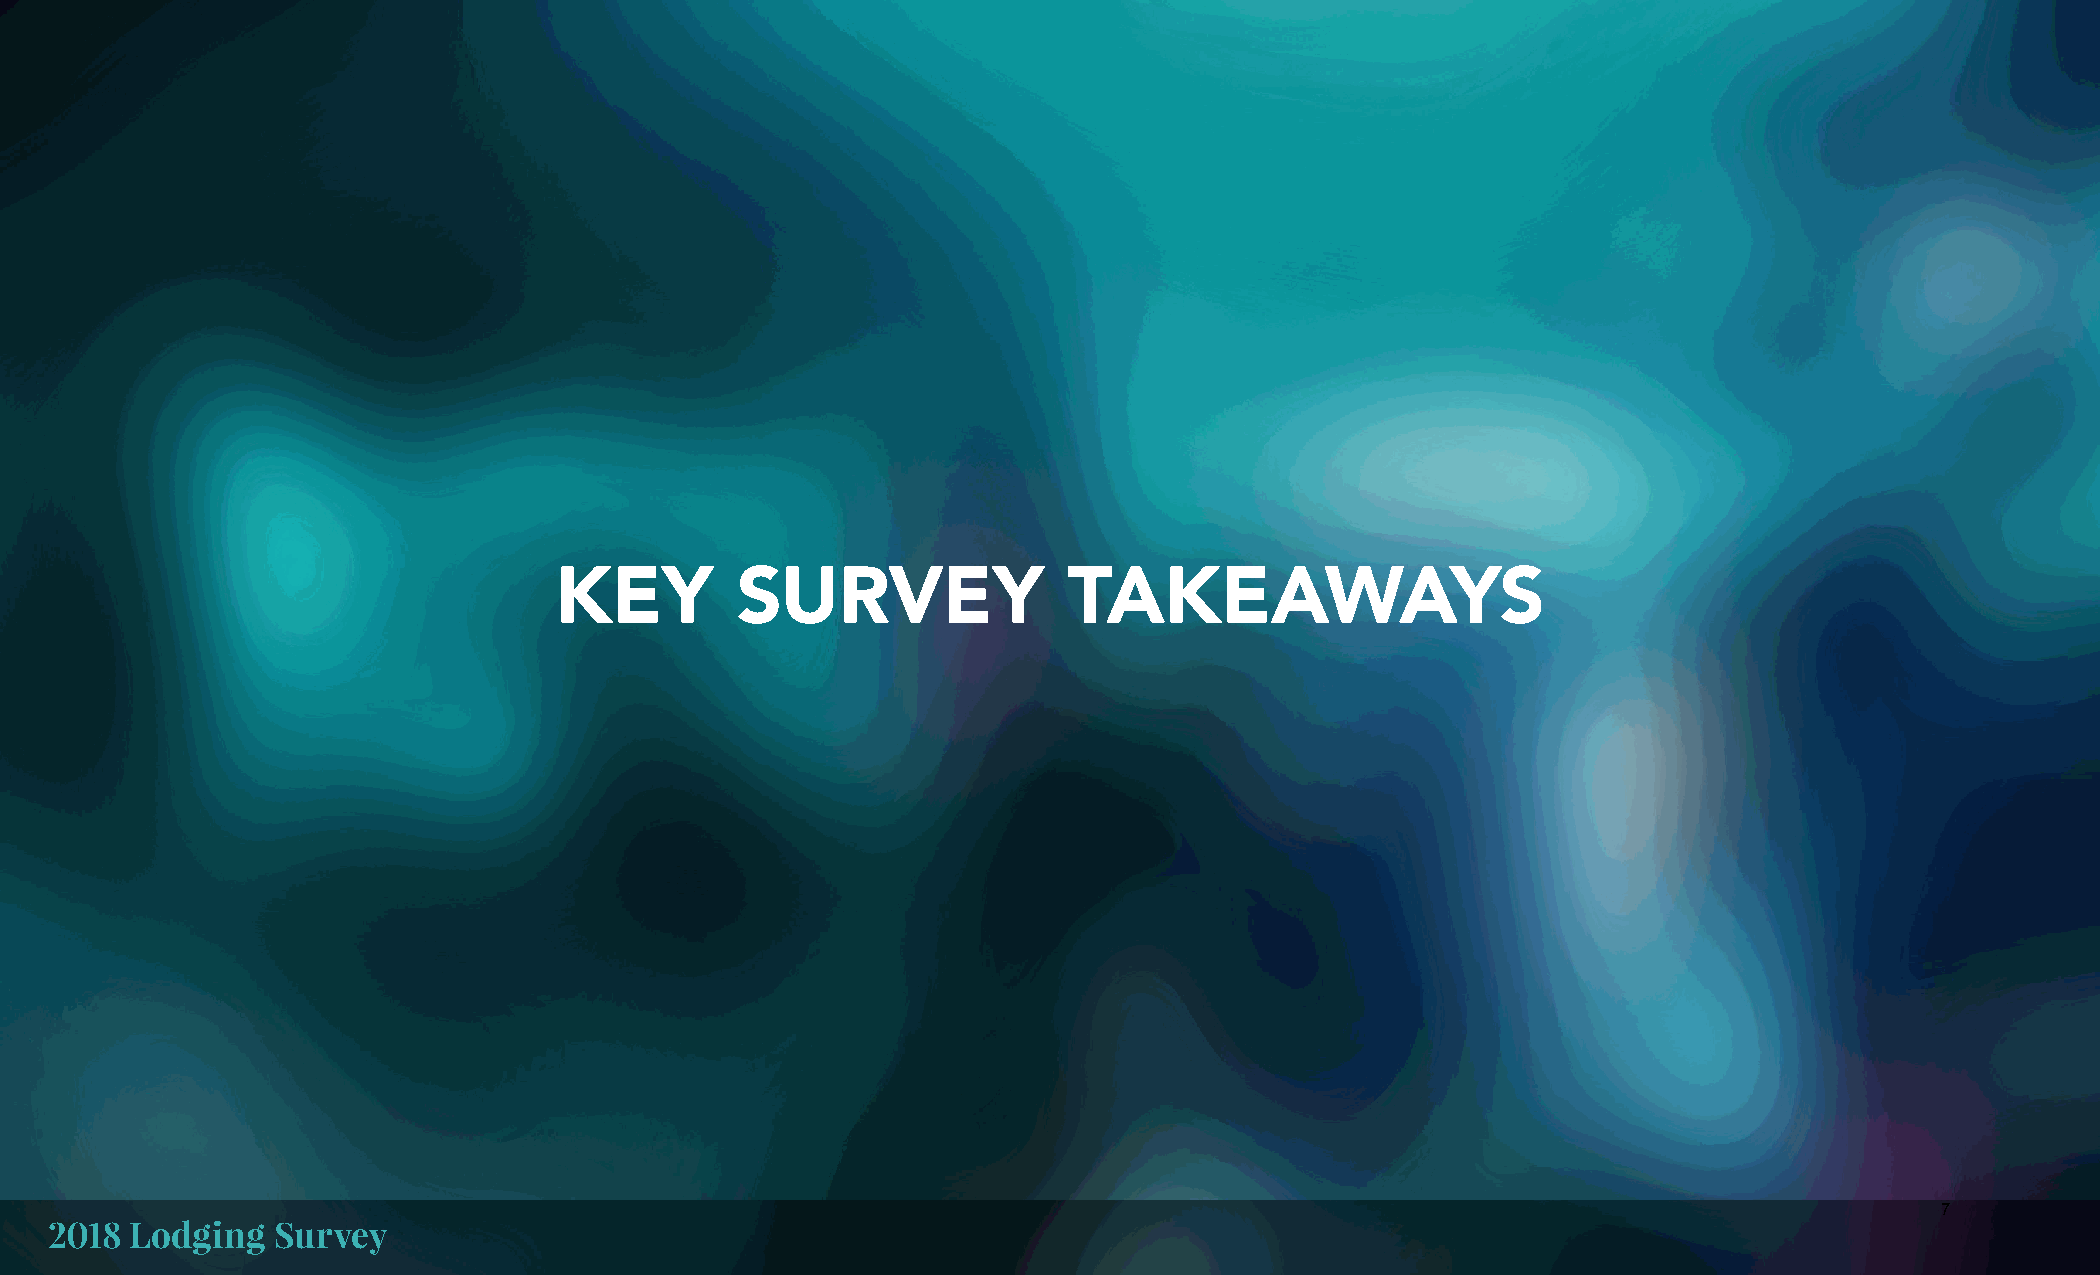
KEY         SURVEY                TAKEAWAYS
 7
 2018  Lodging  Survey